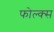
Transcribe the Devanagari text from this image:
फोल्क्स